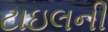
ટાઇલની